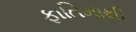
ફાતિમાથી